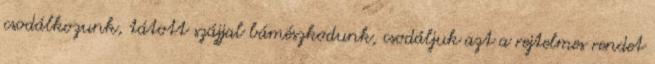
csodálkozunk, tátott szájjal bámészkodunk, csodáljuk azt a rejtelmes rendet